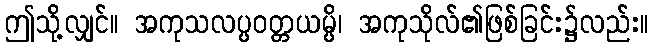
ဤသို့လျှင်။ အကုသလပ္ပဝတ္တယမ္ပိ၊ အကုသိုလ်၏ဖြစ်ခြင်း၌လည်း။